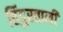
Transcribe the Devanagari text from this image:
हिंदुस्‍तानी